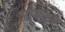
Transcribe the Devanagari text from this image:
आमकर